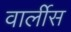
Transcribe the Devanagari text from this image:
वार्लीस